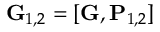
\mathbf { G } _ { 1 , 2 } = [ \mathbf { G } , \mathbf { P } _ { 1 , 2 } ]